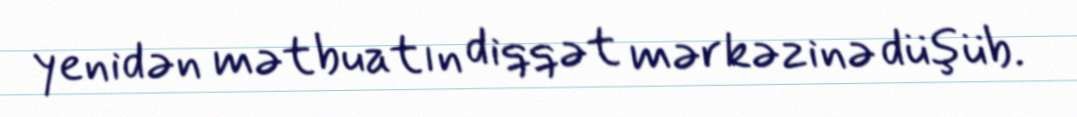
yenidən mətbuatın diqqət mərkəzinə düşüb.